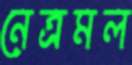
নেত্রমল